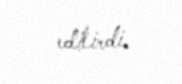
edilirdi.